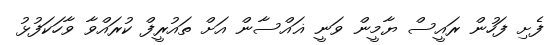
ފެށި ފަހުން ރައީސް ޔާމީން ވަނީ ޣައްސާން އަށް ތައުރީފް ކުރައްވާ ވާހަކަފުޅު